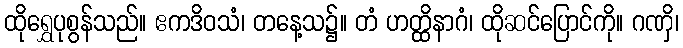
ထိုရွှေပုစွန်သည်။ ဧကဒိဝသံ၊ တနေ့သ၌။ တံ ဟတ္ထိနာဂံ၊ ထိုဆင်ပြောင်ကို။ ဂဏှိ၊